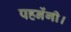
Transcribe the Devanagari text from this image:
पहनेंगी।